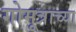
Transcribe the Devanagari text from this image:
गोमूत्राच्या